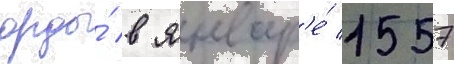
орды́ в январ'е́ 1557